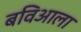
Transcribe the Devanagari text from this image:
बविआला